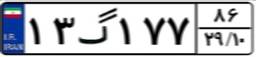
۱۳گ۱۷۷۸۶